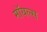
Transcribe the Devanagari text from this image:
मॉयल्स